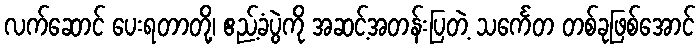
လက်ဆောင် ပေးရတာတို့၊ ဧည့်ခံပွဲကို အဆင့်အတန်းပြတဲ့ သင်္ကေတ တစ်ခုဖြစ်အောင်